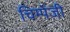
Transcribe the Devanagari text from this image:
चिम्पेंजी